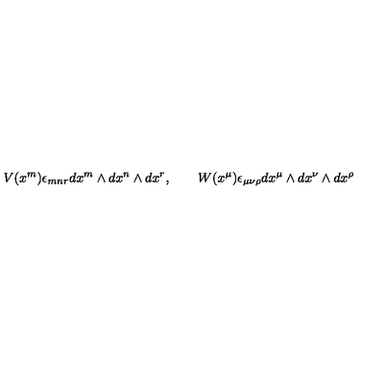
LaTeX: V ( x ^ { m } ) \epsilon _ { m n r } d x ^ { m } \wedge d x ^ { n } \wedge d x ^ { r } , \qquad W ( x ^ { \mu } ) \epsilon _ { \mu \nu \rho } d x ^ { \mu } \wedge d x ^ { \nu } \wedge d x ^ { \rho }